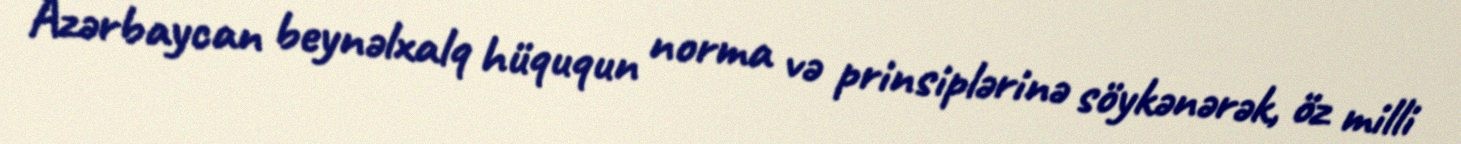
Azərbaycan beynəlxalq hüququn norma və prinsiplərinə söykənərək, öz milli